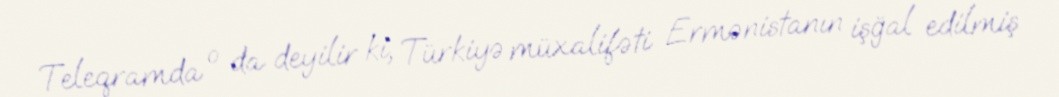
Teleqramda o da deyilir ki, Türkiyə müxalifəti Ermənistanın işğal edilmiş